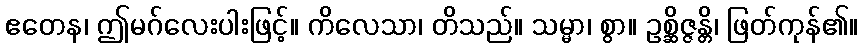
ဧတေန၊ ဤမဂ်လေးပါးဖြင့်။ ကိလေသာ၊ တိသည်။ သမ္မာ၊ စွာ။ ဥစ္ဆိဇ္ဇန္တိ၊ ဖြတ်ကုန်၏။